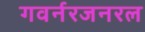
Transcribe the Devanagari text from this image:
गवर्नरजनरल